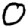
Digit: 0